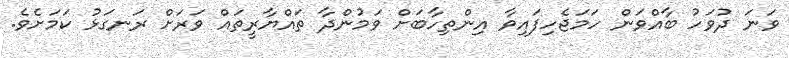
ވަނަ ދުވަހު ބާއްވަން ހަމަޖެހިފައިވާ އިންތިހާބަށް ވަމުންދާ ތައްޔާރީތައް ވަރަށް ރަނގަޅު ކަމަށެވެ.